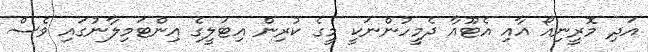
އަދި މޮރީނިއޯ އާއި އެޓޫއާ ދެމީހުންނަކީ މީގެ ކުރިން އިޓަލީގެ އިންޓަމިލާނުގައި ވެސް